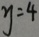
y = 4